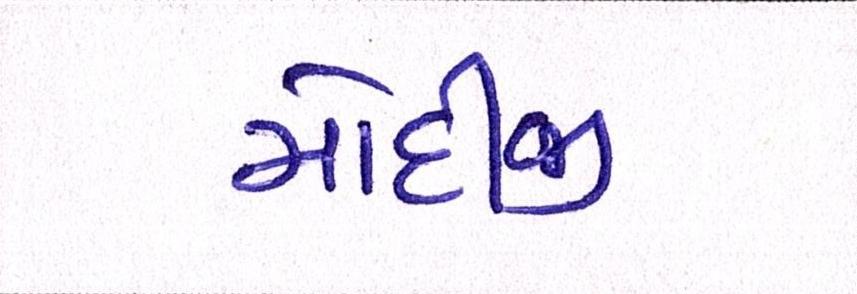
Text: મોદીજી